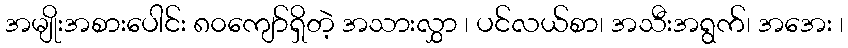
အမျိုးအစားပေါင်း ၈၀ကျော်ရှိတဲ့ အသားလွှာ ၊ ပင်လယ်စာ၊ အသီးအရွက်၊ အအေး ၊